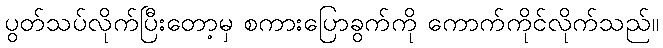
ပွတ်သပ်လိုက်ပြီးတော့မှ စကားပြောခွက်ကို ကောက်ကိုင်လိုက်သည်။